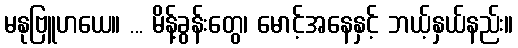
မနုဗြူဟယေ။ ... မိန့်ခွန်းတွေ၊ မောင့်အနေနှင့် ဘယ့်နှယ်နည်း။